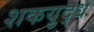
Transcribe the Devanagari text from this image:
शकयुद्ध